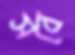
সবে